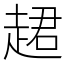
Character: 䞫